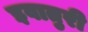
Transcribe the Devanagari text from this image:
इवातुरी